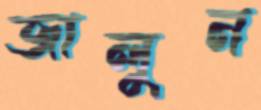
জালুন